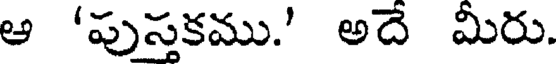
ఆ 'పుస్తకము.' అదే మీరు.